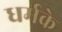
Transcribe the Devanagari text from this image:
धर्मके